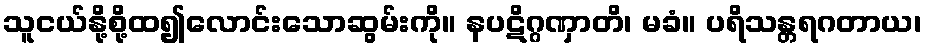
သူငယ်နို့စို့ထ၍လောင်းသောဆွမ်းကို။ နပဋိဂ္ဂဏှာတိ၊ မခံ။ ပရိသန္တရဂတာယ၊